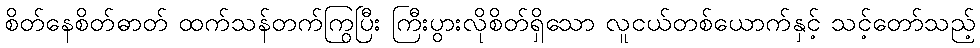
စိတ်နေစိတ်ဓာတ် ထက်သန်တက်ကြွပြီး ကြီးပွားလိုစိတ်ရှိသော လူငယ်တစ်ယောက်နှင့် သင့်တော်သည့်